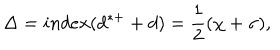
LaTeX: \Delta = i n d e x ( d ^ { * + } + d ) = \frac { 1 } { 2 } ( \chi + \sigma ) ,